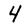
Character: 4